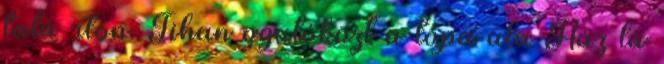
talá rton. Tihan ogatóközt a tópa ula Ház lá